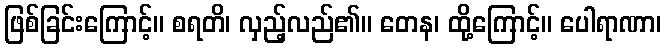
ဖြစ်ခြင်းကြောင့်။ စရတိ၊ လှည့်လည်၏။ တေန၊ ထို့ကြောင့်။ ပေါရာဏာ၊